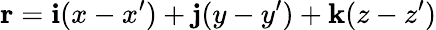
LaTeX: \mathbf{r}=\mathbf{i}(x-x^{\prime})+\mathbf{j}(y-y^{\prime})+\mathbf{k}(z-z^{\prime})